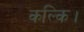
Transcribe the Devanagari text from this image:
कल्कि।